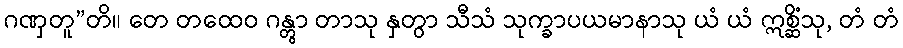
ဂဏှတူ”တိ။ တေ တထေဝ ဂန္တွာ တာသု နှတွာ သီသံ သုက္ခာပယမာနာသု ယံ ယံ ဣစ္ဆိံသု, တံ တံ